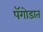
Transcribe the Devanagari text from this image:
पॅगोडात